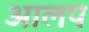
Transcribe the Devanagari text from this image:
आलप